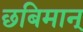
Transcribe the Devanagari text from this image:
छबिमान्